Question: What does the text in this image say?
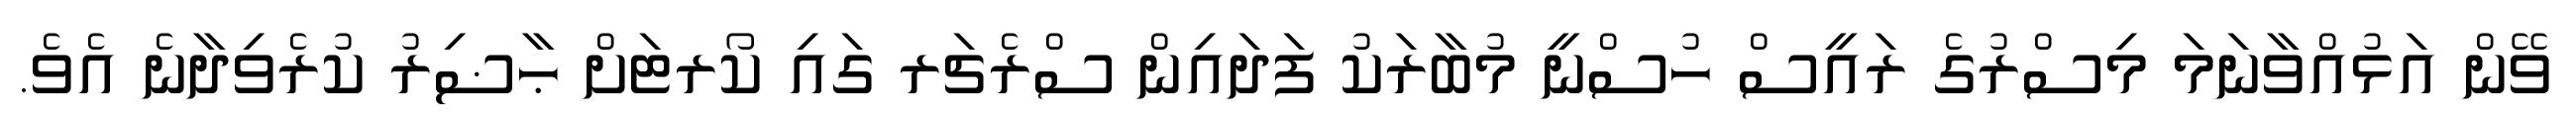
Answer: ވޭން އަޅުއްވާނަމަ މިސްރުގެ ރައީސް ހުސްނީ މުބާރަކު ފަދައިން ސްރެޗަރ ގައި ކޯރޓަށް ޙާޟިރު ކުރެވިދާނެ އެވެ.